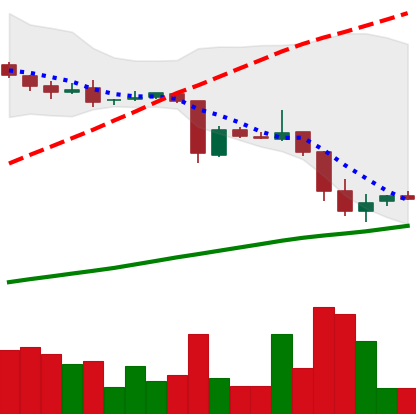
Ticker: DOGE-USD
Chart end date: 2018-10-21
Forward return: -11.8%
Label: down_7plus